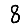
Digit: 8